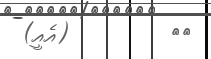
٣١         (އެއީ)